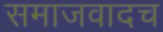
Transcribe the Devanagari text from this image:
समाजवादच